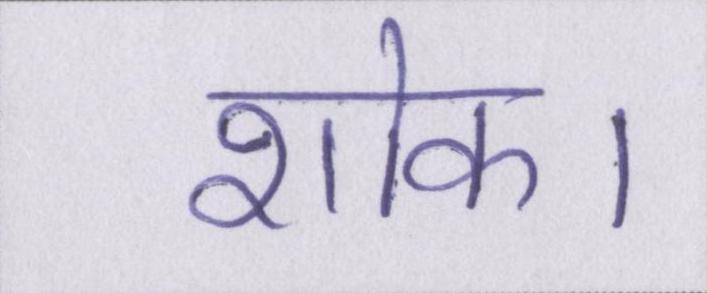
शोक।